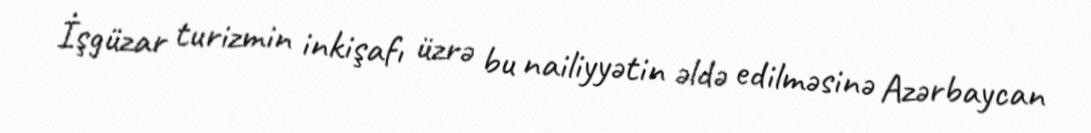
İşgüzar turizmin inkişafı üzrə bu nailiyyətin əldə edilməsinə Azərbaycan